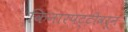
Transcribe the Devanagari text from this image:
किनारपट्टीवरून